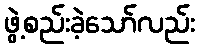
ဖွဲ့စည်းခဲ့သော်လည်း